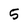
Character: 5